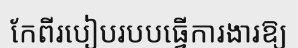
កែពីរបៀបរបបធ្វើការងារឱ្យ